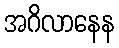
အဂိလာနေန